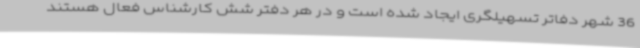
36 شهر دفاتر تسهیلگری ایجاد شده است و در هر دفتر شش کارشناس فعال هستند